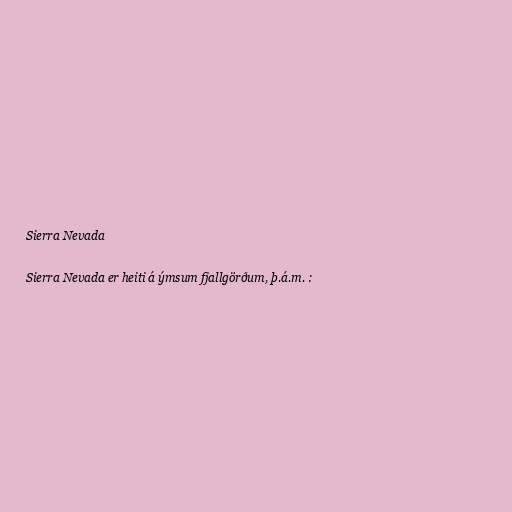
Sierra Nevada

Sierra Nevada er heiti á ýmsum fjallgörðum, þ.á.m. :